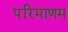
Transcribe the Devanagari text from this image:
परिमाणम